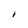
Character: I